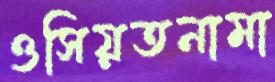
ওসিয়তনামা